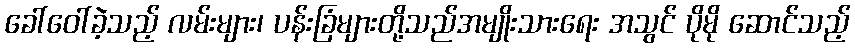
ခေါ်ဝေါ်ခဲ့သည့် လမ်းများ၊ ပန်းခြံများတို့သည်အမျိုးသားရေး အသွင် ပိုမို ဆောင်သည့်